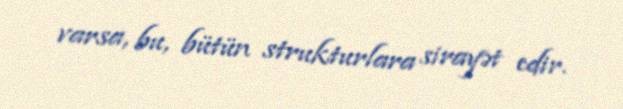
varsa, bu, bütün strukturlara sirayət edir.